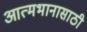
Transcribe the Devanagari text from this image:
आत्मभानासाठी